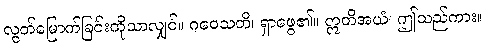
လွတ်မြောက်ခြင်းကိုသာလျှင်။ ဂဝေသတိ၊ ရှာဖွေ၏။ ဣတိအယံ၊ ဤသည်ကား။